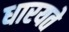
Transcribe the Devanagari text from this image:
धारयते